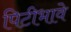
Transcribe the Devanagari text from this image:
पिटीभावे